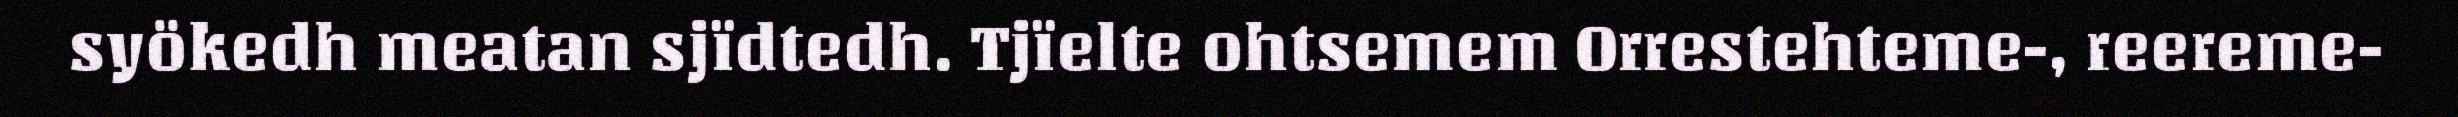
syökedh meatan sjïdtedh. Tjïelte ohtsemem Orrestehteme-, reereme-